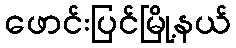
ဖောင်းပြင်မြို့နယ်